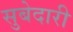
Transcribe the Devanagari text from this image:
सुबेदारी